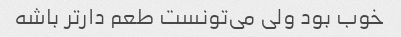
خوب بود ولی می‌تونست طعم دارتر باشه